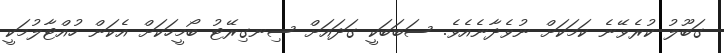
ގަބޫލު ކުރެވޭނެ ކަމަކަށް ނުވެދާނެއެވެ. ސަބަބަކީ ގަދައަށް ސިނގިރޭޓު ބޯމީހަކަށް އެކަން ހުއްޓާލުމަކީ